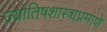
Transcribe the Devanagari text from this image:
ज्योतिषशास्त्राप्रमाणे